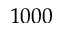
1 0 0 0